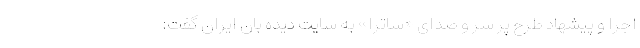
اجرا و پیشهاد طرح پر سر و صدای «ساترا» به سایت دیده بان ایران گفت: